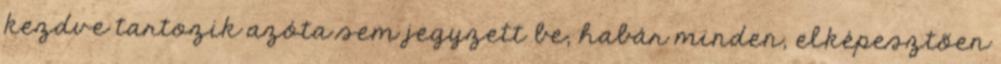
kezdve tartozik azóta sem jegyzett be, habár minden, elképesztõen